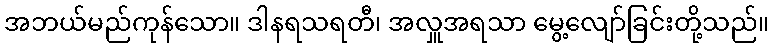
အဘယ်မည်ကုန်သော။ ဒါနရသရတီ၊ အလှူအရသာ မွေ့လျော်ခြင်းတို့သည်။